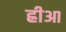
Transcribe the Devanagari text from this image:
ह्रीआ